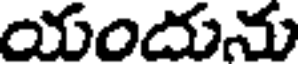
యందును